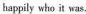
happily who it was.